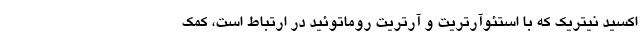
اکسید نیتریک که با استئوآرتریت و آرتریت روماتوئید در ارتباط است، کمک